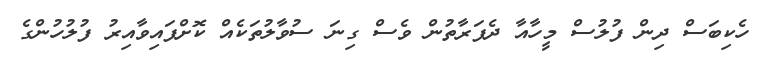
ހެކިބަސް ދިން ފުލުސް މީހާއާ ދެފަރާތުން ވެސް ގިނަ ސުވާލުތަކެއް ކޮށްފައިވާއިރު ފުލުހުންގެ